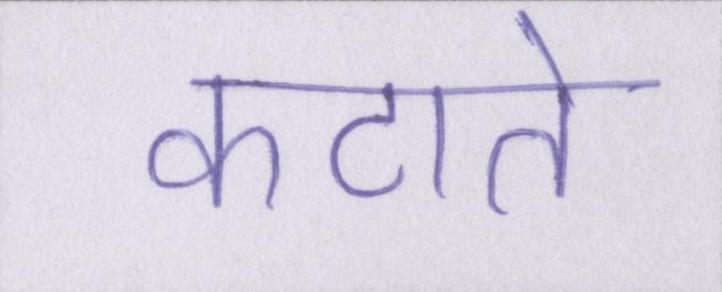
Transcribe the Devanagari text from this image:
कटाते